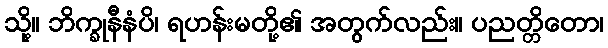
သို့။ ဘိက္ခုနီနံပိ၊ ရဟန်းမတို့၏ အတွက်လည်း။ ပညတ္တိတော၊